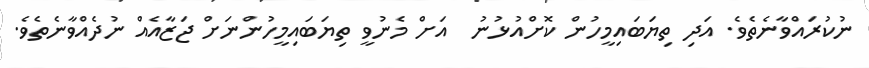
ނުކުރައްވާނެތެވެ. އަދި ތިޔަބައިމީހުން ކޮށްއުޅުނު  އަށް މެނުވީ ތިޔަބައިމީހުންނަށް ޖަޒާއެއް ނުދެއްވާނެތެވެ.